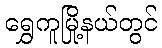
ရွှေကူမြို့နယ်တွင်